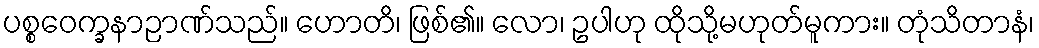
ပစ္စဝေက္ခနာဉာဏ်သည်။ ဟောတိ၊ ဖြစ်၏။ လော၊ ဥပါဟု ထိုသို့မဟုတ်မူကား။ တုံသိတာနံ၊